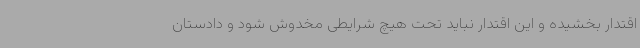
اقتدار بخشیده و این اقتدار نباید تحت هیچ شرایطی مخدوش شود و دادستان